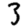
Digit: 3